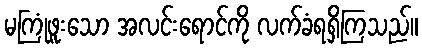
မကြုံဖူးသော အလင်းရောင်ကို လက်ခံရရှိကြသည်။